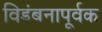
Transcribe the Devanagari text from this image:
विडंबनापूर्वक